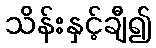
သိန်းနှင့်ချီ၍